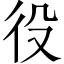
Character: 役